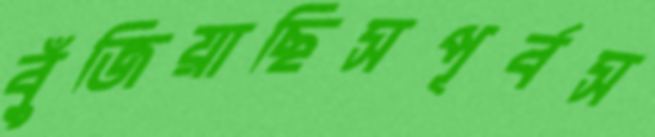
বুঁজিয়াছিসপূর্বস